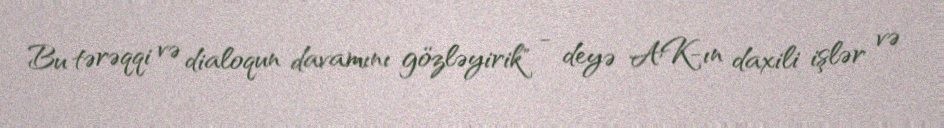
Bu tərəqqi və dialoqun davamını gözləyirik" - deyə AK-ın daxili işlər və